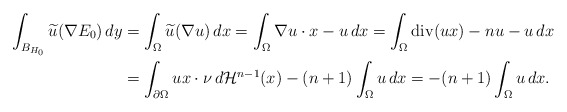
\begin{align*}\int_{B_{H_0}}\widetilde u(\nabla E_0)\,dy & = \int_\Omega \widetilde u (\nabla u)\,dx = \int _\Omega \nabla u \cdot x - u \, dx = \int _\Omega {\rm div} (u x) -n u -u \, dx \\ & =\int_{\partial \Omega} u x\cdot \nu \, d\mathcal H^{n-1}(x) - (n+1) \int_\Omega u\, dx = - (n+1) \int_\Omega u\, dx.\end{align*}